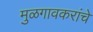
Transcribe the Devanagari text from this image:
मुळगावकरांचे